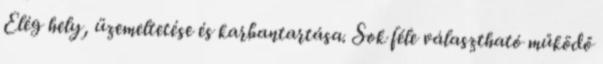
Elég hely, üzemeltetése és karbantartása. Sok féle választható működő